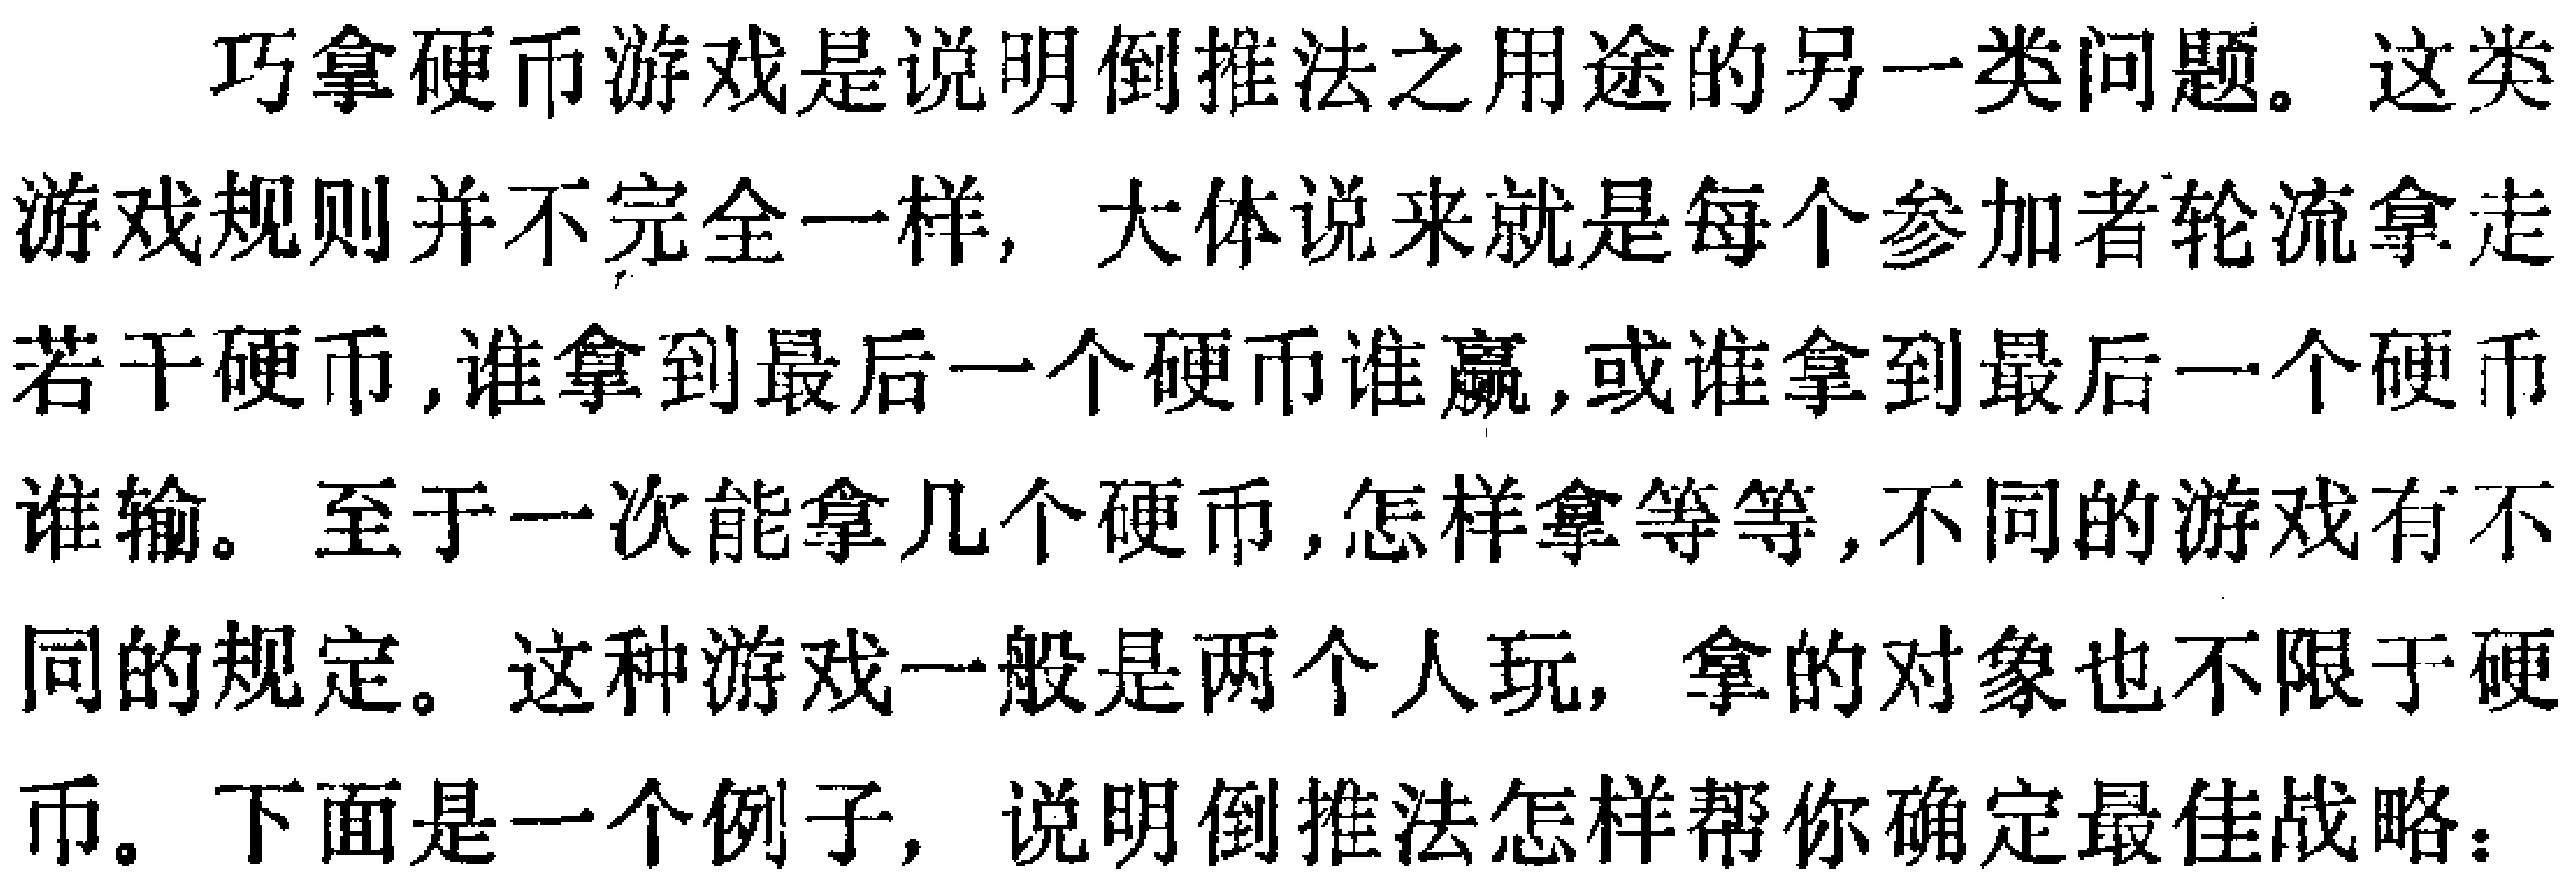
巧拿硬币游戏是说明倒推法之用途的另一类问题。这类游戏规则并不完全一样, 大体说来就是每个参加者轮流拿走若干硬币 ,谁拿到最后一个硬币谁赢,或谁拿到最后一个硬币谁输。至于一次能拿几个硬币 ,怎样拿等等 ,不同的游戏有不同的规定。这种游戏一般是两个人玩, 拿的对象也不限于硬币。下面是一个例子, 说明倒推法怎样帮你确定最佳战略：